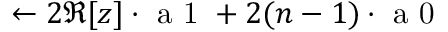
\leftarrow 2 \Re [ z ] \cdot \mathrm { ~ a ~ 1 ~ } + 2 ( n - 1 ) \cdot \mathrm { ~ a ~ 0 ~ }